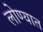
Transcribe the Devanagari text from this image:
लोण्यात